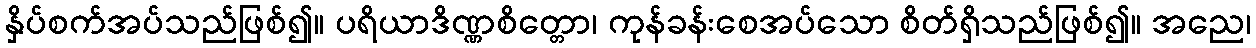
နှိပ်စက်အပ်သည်ဖြစ်၍။ ပရိယာဒိဏ္ဏစိတ္တော၊ ကုန်ခန်းစေအပ်သော စိတ်ရှိသည်ဖြစ်၍။ အညေ၊